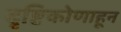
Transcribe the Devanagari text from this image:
दृष्टिकोणाहून